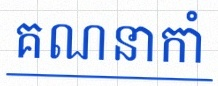
គណនាកាំ